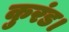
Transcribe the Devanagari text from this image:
कुरंड।